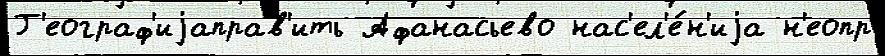
Г'еограф'иjаправ'ить Афанасьево нас'ел'е́н'иjа н'еопр